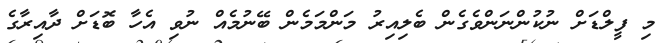
މި ފީލްޑަށް ނުކުންނަންވެގެން ބެލިއިރު މަންމަމެން ބޭނުމެއް ނުވި އެހާ ބޮޑަށް ދާއިރާގެ